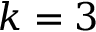
k = 3